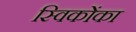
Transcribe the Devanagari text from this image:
स्विकोंका